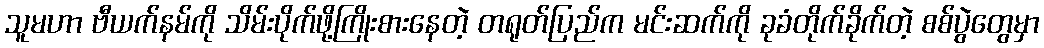
သူမဟာ ဗီယက်နမ်ကို သိမ်းပိုက်ဖို့ကြိုးစားနေတဲ့ တရုတ်ပြည်က မင်းဆက်ကို ခုခံတိုက်ခိုက်တဲ့ စစ်ပွဲတွေမှာ